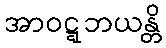
အာဝဋ္ဋဘယန္တိ